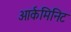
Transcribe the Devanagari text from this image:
आर्कमिनिट